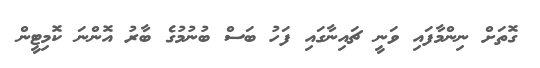
ގޮތަށް ނިންމާފައި ވަނީ ޗައިނާގައި ފަހު ބަސް ބުނުމުގެ ބާރު އޮންނަ ކޮމިޓީން